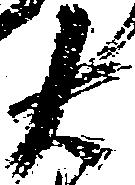
右